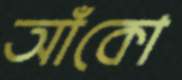
আঁকো